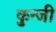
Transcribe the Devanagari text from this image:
कुन्जी